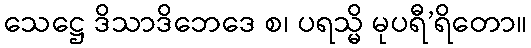
သေဋ္ဌေ ဒိသာဒိဘေဒေ စ၊ ပရသ္မိ မုပရီ’ရိတော။